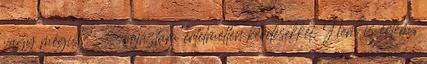
vagy mégis? - sorjáztam értelmetlen kérdésekkel. Nem is értem,